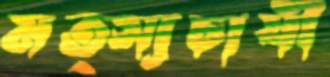
মত্স্যচাষী